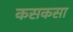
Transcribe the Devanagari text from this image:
कसकसा